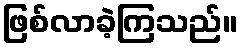
ဖြစ်လာခဲ့ကြသည်။